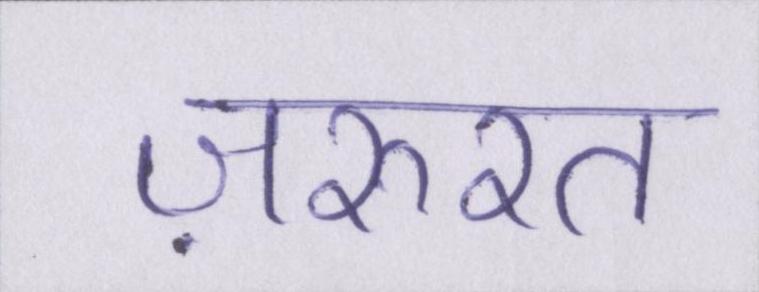
ज़रुरत